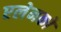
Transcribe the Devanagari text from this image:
एलेनको